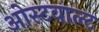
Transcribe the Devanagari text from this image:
ओस्टवाल्ट